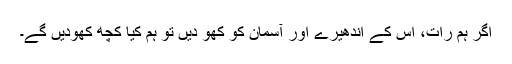
اگر ہم رات، اس کے اندھیرے اور آسمان کو کھو دیں تو ہم کیا کچھ کھودیں گے۔